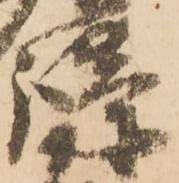
護